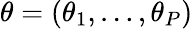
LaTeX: \theta=(\theta_{1},\ldots,\theta_{P})